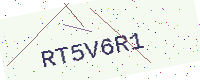
Text: RT5V6R1